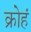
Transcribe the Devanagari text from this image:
क्रोहं